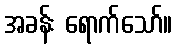
အခန်း ရောက်သော်။